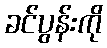
ခင်ပွန်းကို